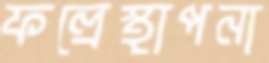
ফল্রেস্থাপনা